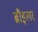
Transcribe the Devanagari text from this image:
ब्रौइलर